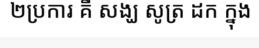
២ប្រការ គឺ សង្ឃ សូត្រ ដក ក្នុង